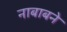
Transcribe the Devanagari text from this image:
नाबाबने